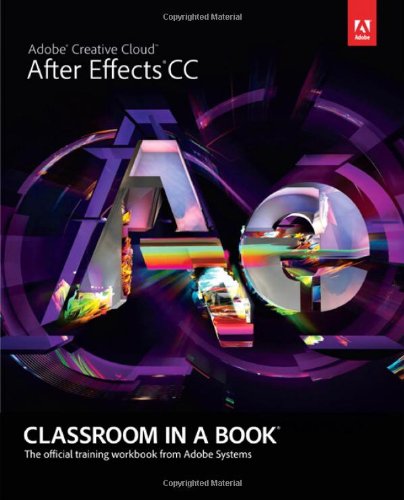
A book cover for Adobe After Effects CC Classroom in a Book; Adobe Creative Team; Computers & Technology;